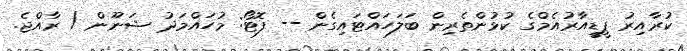
ކުރާއިރު ޕީޑީއާރުއެމްގެ ކުޅުންތެރިން ބަލަހައްޓައިގެން -- ފޮޓޯ: މުހައްމަދު ޝަނޫން / ރާއްޖެ.